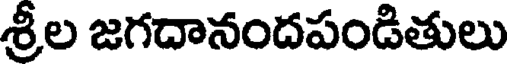
శ్రీల జగదానందపండితులు